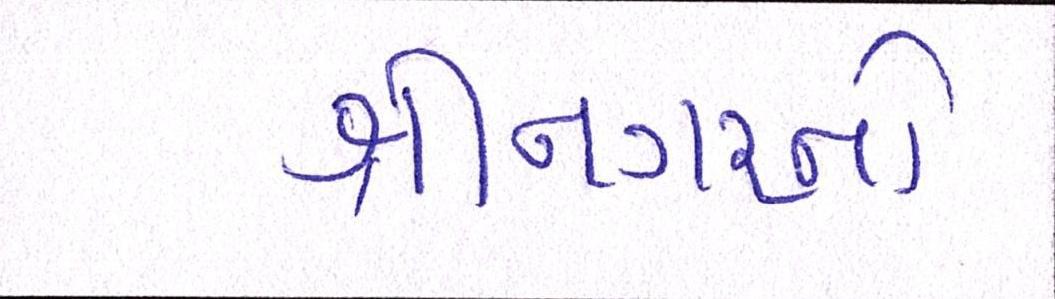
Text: શ્રીનગરનો